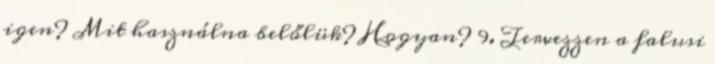
igen? Mit használna belőlük? Hogyan? 9. Tervezzen a falusi